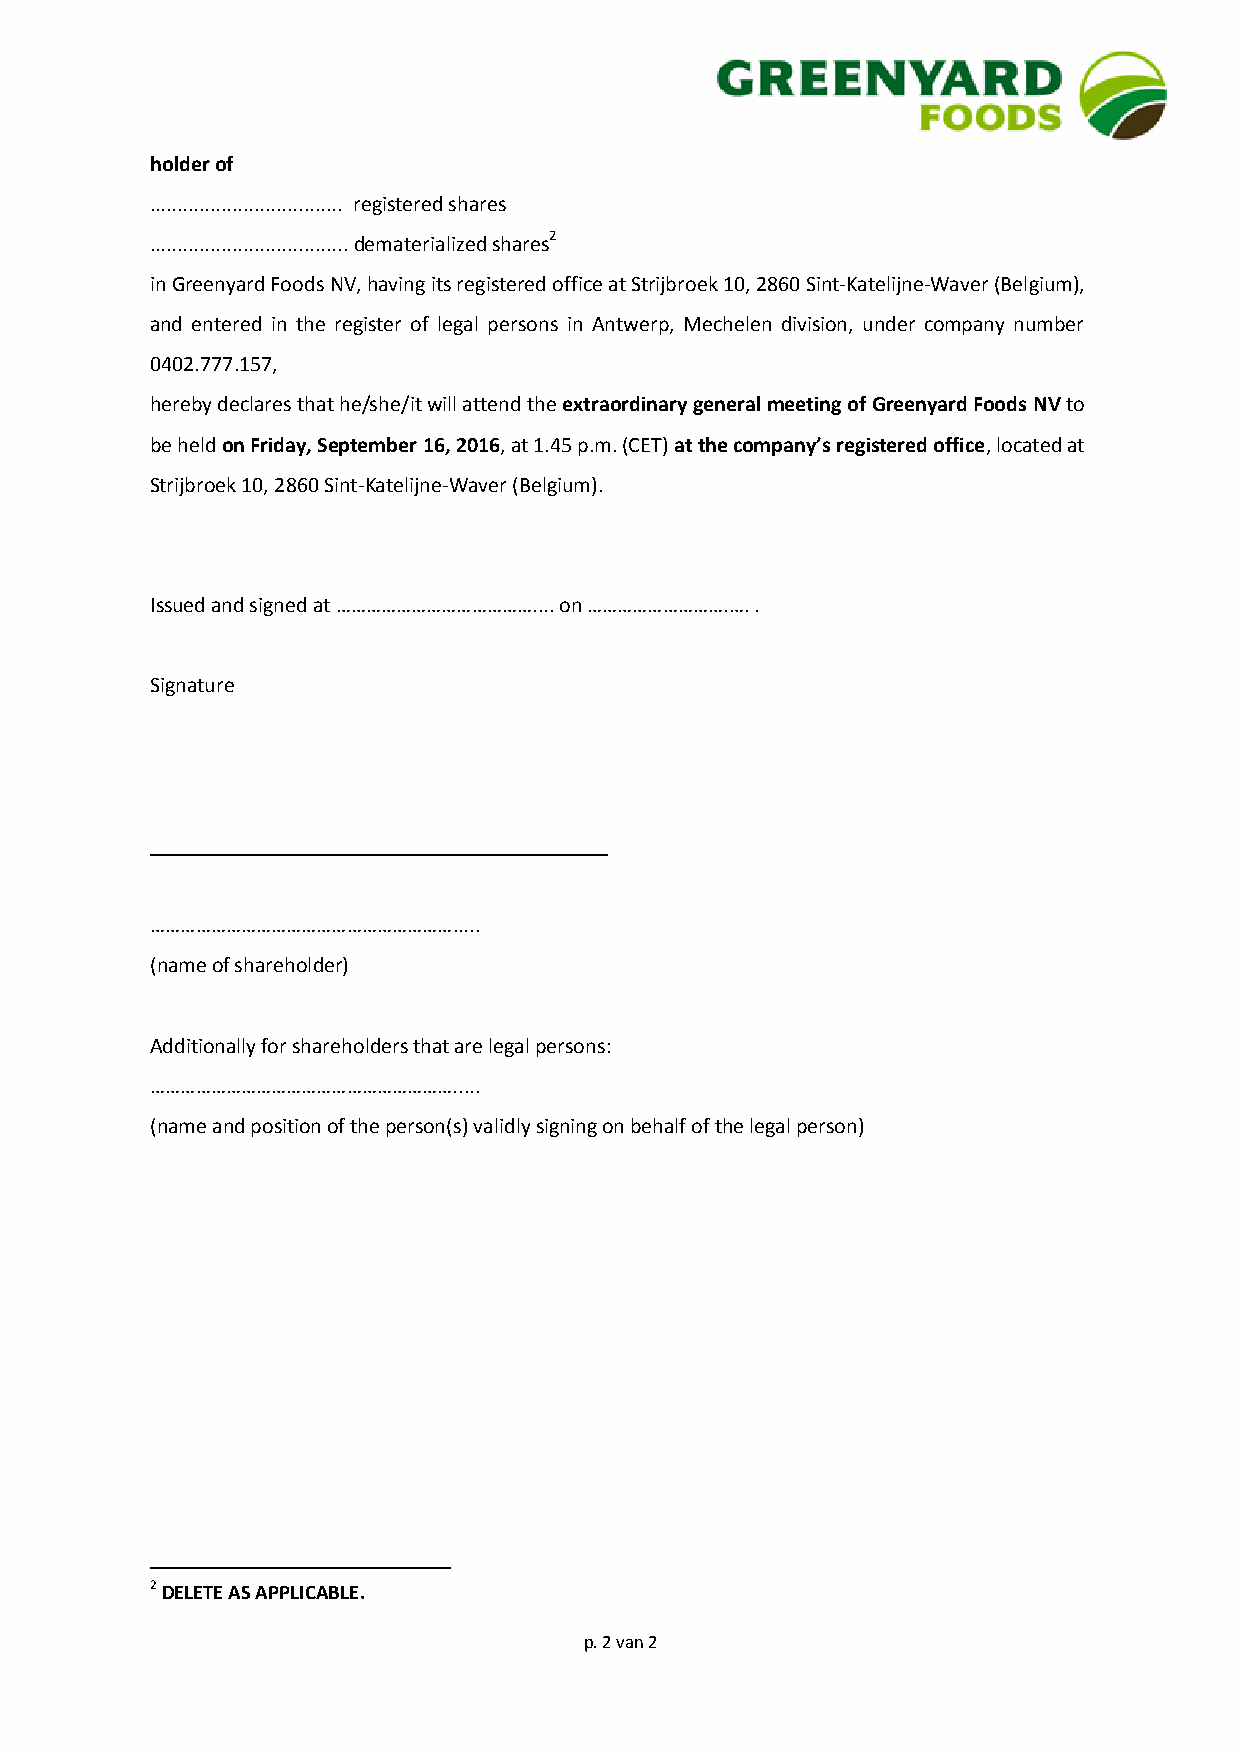
holder of
 ................................... registered shares
 .................................... dematerialized shares2
 in Greenyard Foods NV, having its registered office at Strijbroek 10, 2860 Sint-Katelijne-Waver (Belgium),
 and entered in the register of legal persons in Antwerp, Mechelen division, under company number
 0402.777.157,
 hereby declares that he/she/it will attend the extraordinary general meeting of Greenyard Foods NV to
 be held on Friday, September 16, 2016, at 1.45 p.m. (CET) at the company’s registered office, located at
 Strijbroek 10, 2860 Sint-Katelijne-Waver (Belgium).
 Issued and signed at ………………………………….... on ……………………….…. .
 Signature
 __________________________________________
 …………………………………………………….....
 (name of shareholder)
 Additionally for shareholders that are legal persons:
 …………………………………………………….....
 (name and position of the person(s) validly signing on behalf of the legal person)
 2 DELETE AS APPLICABLE.
 p. 2 van 2